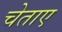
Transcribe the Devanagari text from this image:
चेताए